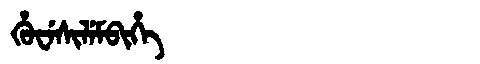
Manchu: ᡥᡠᠸᡝᠰᡳᠯᡝᠮᠪᡳᡥᡝ
Romanization: HUWESILEMBIHE